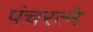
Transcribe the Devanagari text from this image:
पंचरत्‍ने